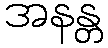
အနန္တ